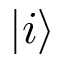
| i \rangle